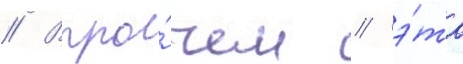
// Впро́чем / э́та